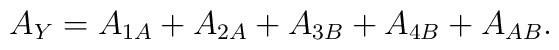
A_Y = A_{1A} + A_{2A} + A_{3B} + A_{4B} + A_{AB}.